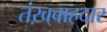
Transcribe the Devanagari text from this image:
तंख़्वाहदार